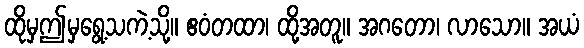
ထိုမှဤမှရွေ့သကဲ့သို့။ ဧဝံတထာ၊ ထို့အတူ။ အဂတော၊ လာသော။ အယံ